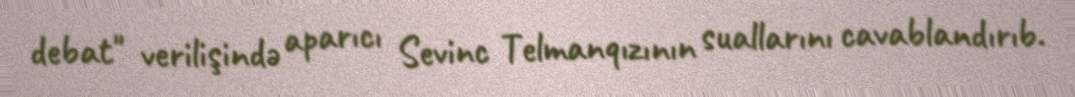
debat" verilişində aparıcı Sevinc Telmanqızının suallarını cavablandırıb.